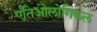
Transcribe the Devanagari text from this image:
एतिओलोगिकल